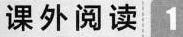
课外阅读1